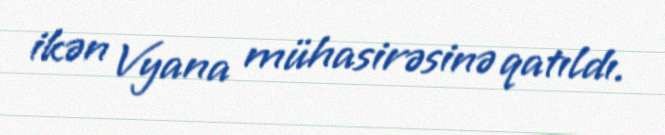
ikən Vyana mühasirəsinə qatıldı.